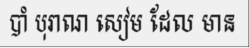
បាំ បុរាណ សៀម ដែល មាន